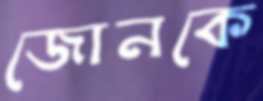
জোনকে